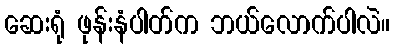
ဆေးရုံ ဖုန်းနံပါတ်က ဘယ်လောက်ပါလဲ။